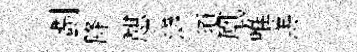
劃降憇瀟須凰唯羔